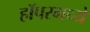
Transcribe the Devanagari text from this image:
हॉपरमध्ये